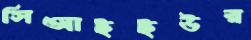
সিআইইউর